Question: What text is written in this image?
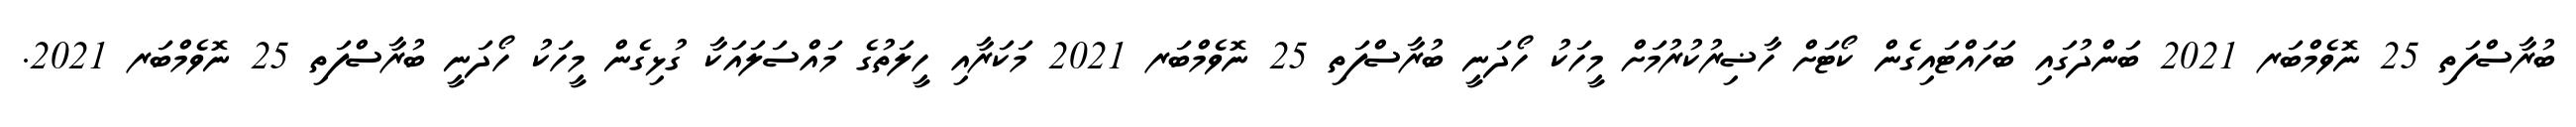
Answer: ބުރާސްފަތި 25 ނޮވެމްބަރ 2021 ބަންދުގައި ބަހައްޓައިގެން ކޯޓަށް ހާޟިރުކުރުމަށް މީހަކު ހޯދަނީ ބުރާސްފަތި 25 ނޮވެމްބަރ 2021 މަކަރާއި ހީލަތުގެ މައްސަލައަކާ ގުޅިގެން މީހަކު ހޯދަނީ ބުރާސްފަތި 25 ނޮވެމްބަރ 2021.